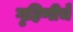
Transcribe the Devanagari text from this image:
गृहिणीचे